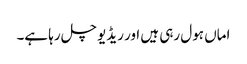
اماں ہول رہی ہیں اور ریڈیو چل رہا ہے۔